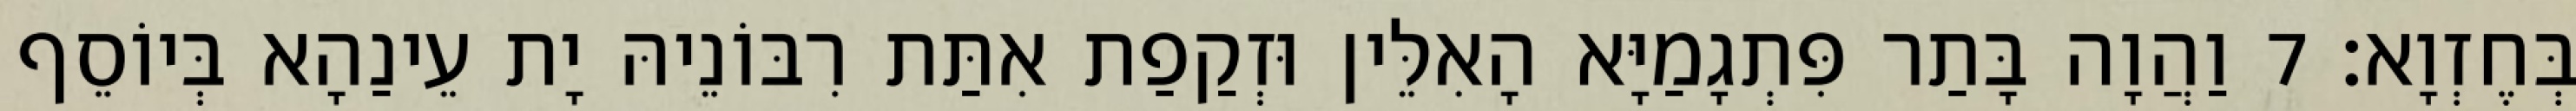
בְּחֶזְוָא׃ 7 וַהֲוָה בָּתַר פִּתְגָמַיָּא הָאִלֵּין וּזְקַפַת אִתַּת רִבּוֹנֵיהּ יָת עֵינַהָא בְּיוֹסֵף